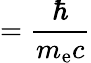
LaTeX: ={\frac{\hbar}{m_{\mathrm{e}}c}}